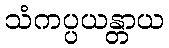
သံကပ္ပယန္တာယ